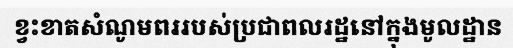
ខ្វះខាតសំណូមពររបស់ប្រជាពលរដ្ឋនៅក្នុងមូលដ្ឋាន